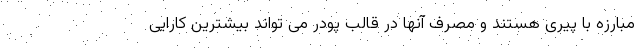
مبارزه با پیری هستند و مصرف آنها در قالب پودر می تواند بیشترین کارایی